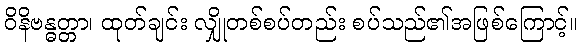
ဝိနိဗန္ဓတ္တာ၊ ထုတ်ချင်း လျှိုတစ်စပ်တည်း စပ်သည်၏အဖြစ်ကြောင့်။